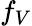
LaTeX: f_{V}